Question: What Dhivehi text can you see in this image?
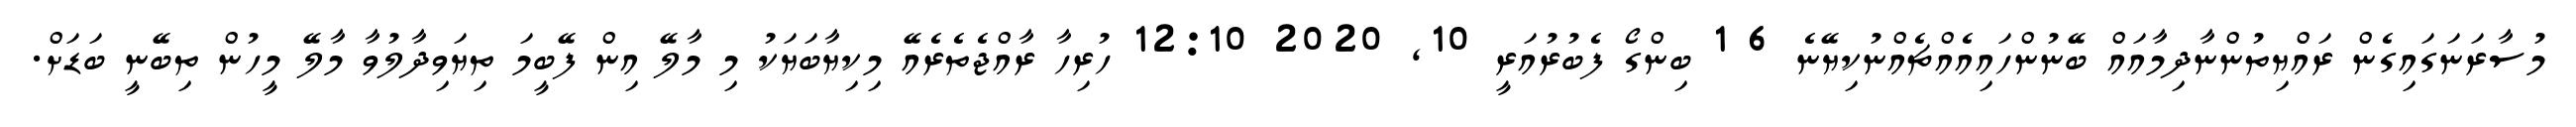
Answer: މުސާރަނަގައިގެން ރައްޔިތުންނާދިމާއައް ބޭނުންހައިއެއްޗެއްނުކިޔޭނެ 6 1 ބިންގޯ ފެބުރުއަރީ 10, 2020 12:10 ހުރިހާ ރާއްޖެތެރެއޭ މިކިޔާބަޔަކު މި މާލޭ އިން ފޭބީމަ ތިޔަވިދާލުވާ މާލޭ މީހުން ތިބޭނީ ބަޑަށް.